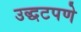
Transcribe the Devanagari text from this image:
उद्धटपणे